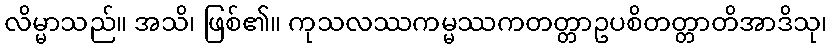
လိမ္မာသည်။ အသိ၊ ဖြစ်၏။ ကုသလဿကမ္မဿကတတ္တာဥပစိတတ္တာတိအာဒိသု၊